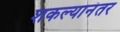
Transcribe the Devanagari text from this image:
शकल्यानंतर